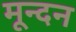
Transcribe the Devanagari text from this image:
मून्दन